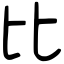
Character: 比